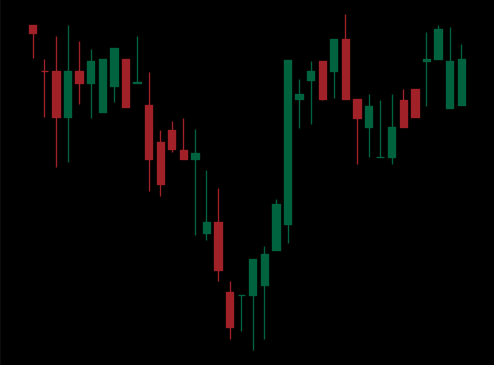
Pattern: inverse_head_shoulders